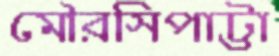
মৌরসিপাট্টা